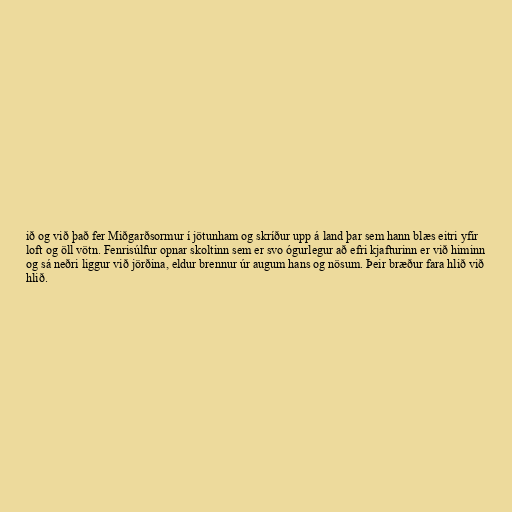
ið og við það fer Miðgarðsormur í jötunham og skríður upp á land þar sem hann blæs eitri yfir
loft og öll vötn. Fenrisúlfur opnar skoltinn sem er svo ógurlegur að efri kjafturinn er við himinn
og sá neðri liggur við jörðina, eldur brennur úr augum hans og nösum. Þeir bræður fara hlið við
hlið.